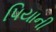
પિયાની